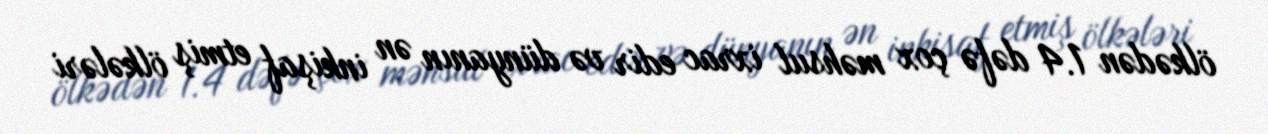
ölkədən 1.4 dəfə çox məhsul ixrac edir və dünyanın ən inkişaf etmiş ölkələri